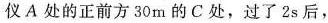
仪A处的正前方30m的C处，过了2s后，